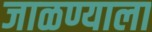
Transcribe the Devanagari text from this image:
जाळण्याला